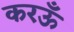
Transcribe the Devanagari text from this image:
करऊँ